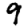
Digit: 9